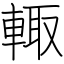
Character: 輙